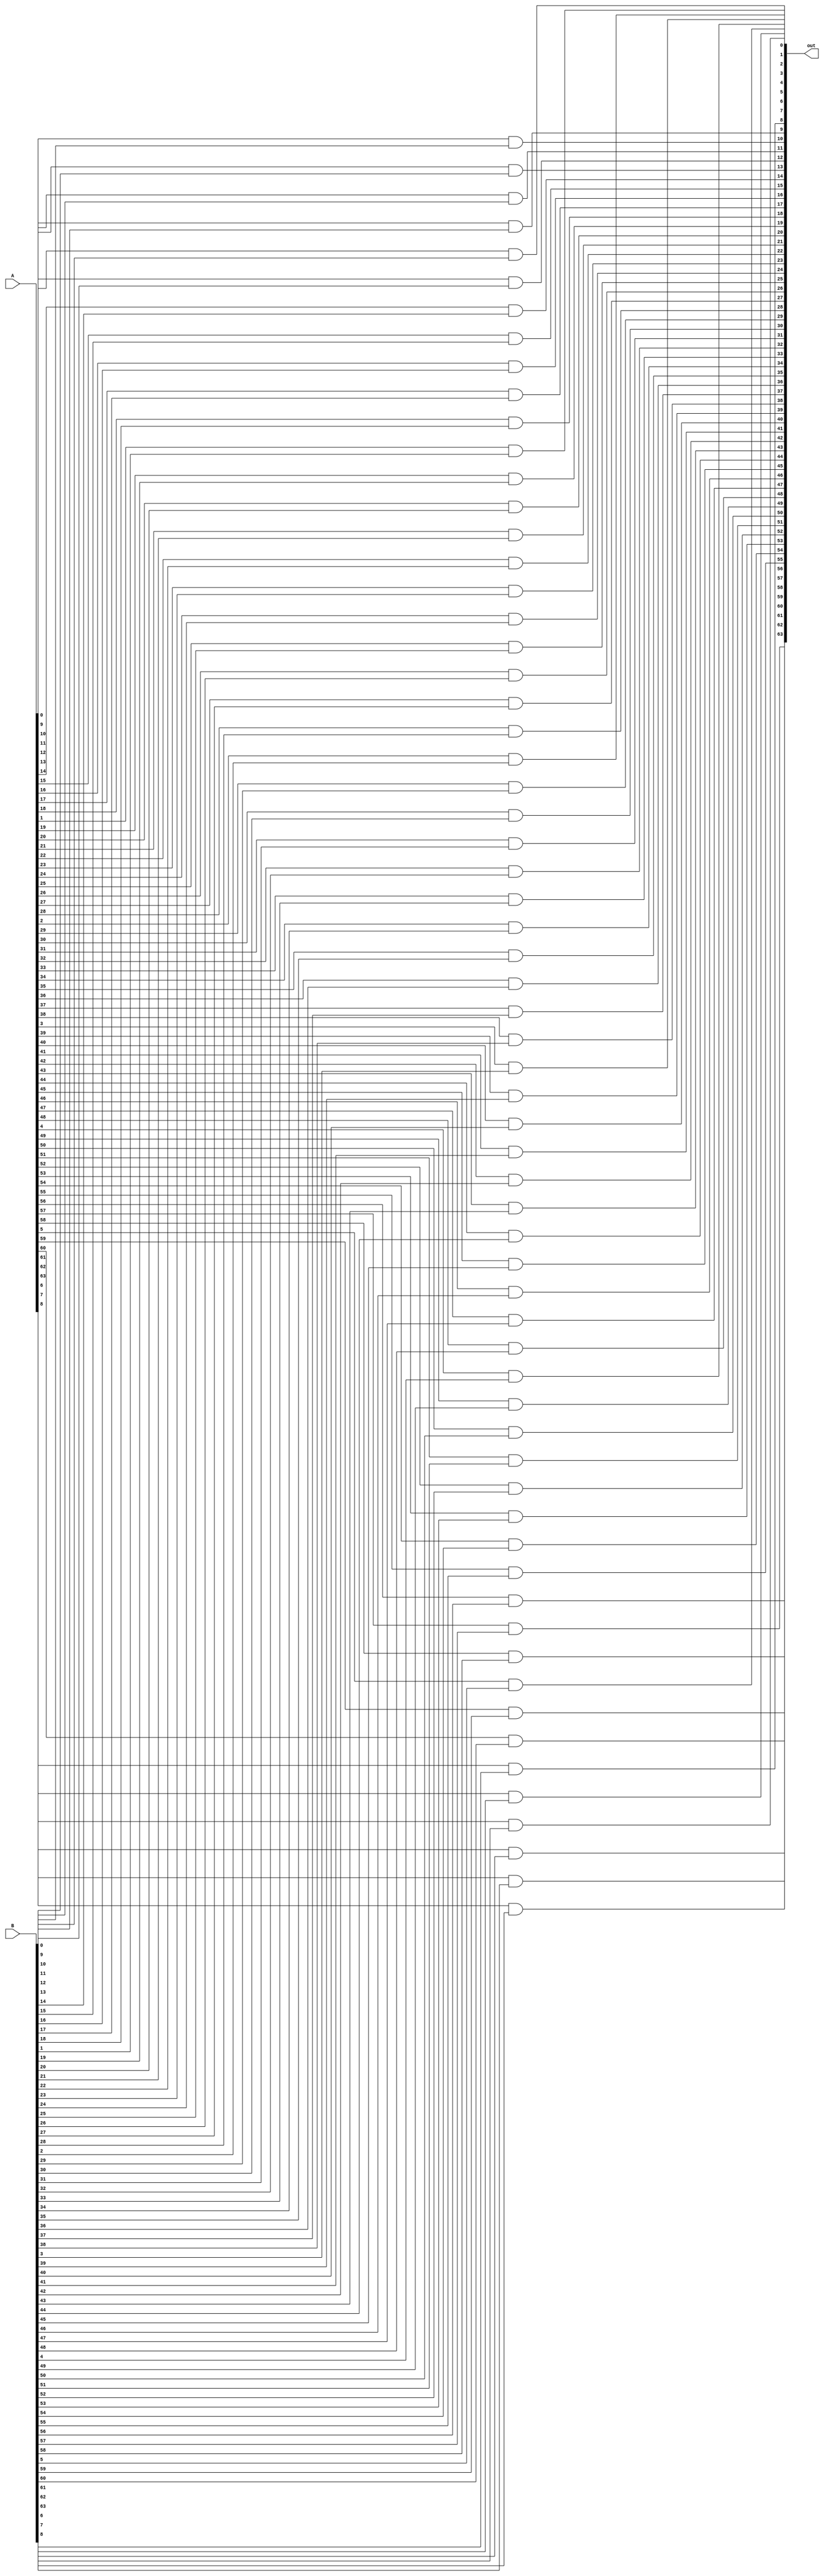
`timescale 1ns / 1ps

module and64bit(
    input signed [63:0] A,
    input signed [63:0] B,
    output signed [63:0] out
);

genvar i;

generate for (i = 0; i < 64; i = i + 1)
begin
    and AND1 (out[i], A[i], B[i]);
end
endgenerate

endmodule